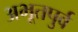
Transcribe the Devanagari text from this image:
अभूतपुर्व